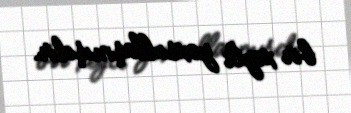
bir xeyli yoxsullaşmışdır.